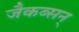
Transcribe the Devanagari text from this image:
जैकब्सन्